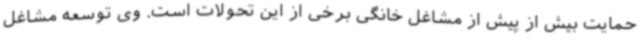
حمایت بیش از پیش از مشاغل خانگی برخی از این تحولات است. وی توسعه مشاغل